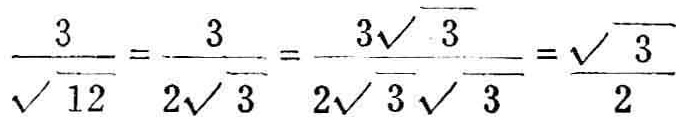
$\frac{3}{\sqrt{12}}=\frac{3}{2\sqrt{3}}=\frac{3\sqrt{3}}{2\sqrt{3}\sqrt{3}}=\frac{\sqrt{3}}{2}$